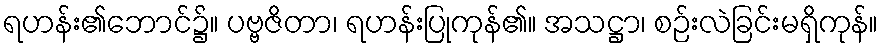
ရဟန်း၏ဘောင်၌။ ပဗ္ဗဇိတာ၊ ရဟန်းပြုကုန်၏။ အသဋ္ဌာ၊ စဉ်းလဲခြင်းမရှိကုန်။